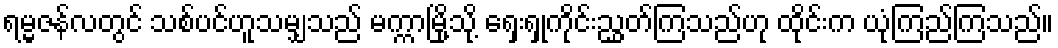
ရမ္မဇန်လတွင် သစ်ပင်ဟူသမျှသည် မက္ကာမြို့သို့ ရှေးရှုကိုင်းညွှတ်ကြသည်ဟု ထိုင်းက ယုံကြည်ကြသည်။